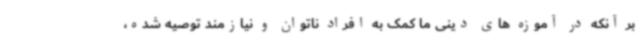
بر آنکه در آموزه های دینی ما کمک به افراد ناتوان و نیازمند توصیه شده،